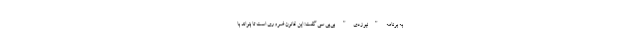
به برنامه "نیوزدی" بی‌بی سی گفت: این قانون ضروری است تا بتواند با